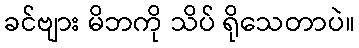
ခင်ဗျား မိဘကို သိပ် ရိုသေတာပဲ။